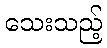
သေးသည့်